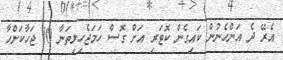
އެރޭ ދެ އަންހެނުން ކައިގެން ކޮޓަރި އަށް ގޮސް ހަމަޖެހިލިތަނާ 10 ޖަހާކަށްހާ